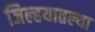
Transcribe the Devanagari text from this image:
जिल्हयातल्या